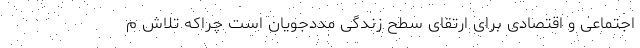
اجتماعی و اقتصادی برای ارتقای سطح زندگی مددجویان است چراکه تلاش م